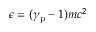
\epsilon = ( \gamma _ { \mathrm { p } } - 1 ) m c ^ { 2 }